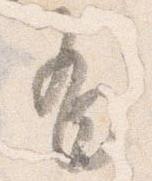
有